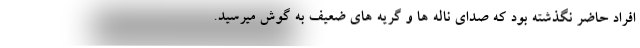
افراد حاضر نگذشته بود که صدای ناله ها و گریه های ضعیف به گوش میرسید.